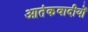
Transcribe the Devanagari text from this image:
आतंकवादीयों